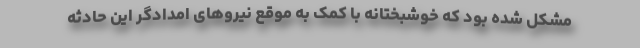
مشکل شده بود که خوشبختانه با کمک به موقع نیروهای امدادگر این حادثه